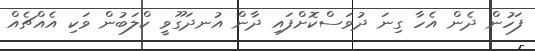
ފަހުން ދެން އެހާ ގިނަ ދުވަސްކޮށްފައި ދާން އުނދަގޫވީ ކްލަބުން ވަކި އެއްޗެއް